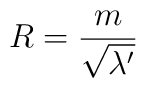
R = {{m} \over {\sqrt{\lambda '}}}